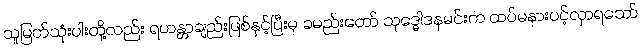
သူမြတ်သုံးပါးတို့လည်း ရဟန္တာချည်းဖြစ်နှင့်ပြီးမှ ခမည်းတော် သုဒ္ဓေါဒနမင်းက ထပ်မနားပင့်လှာရသော်